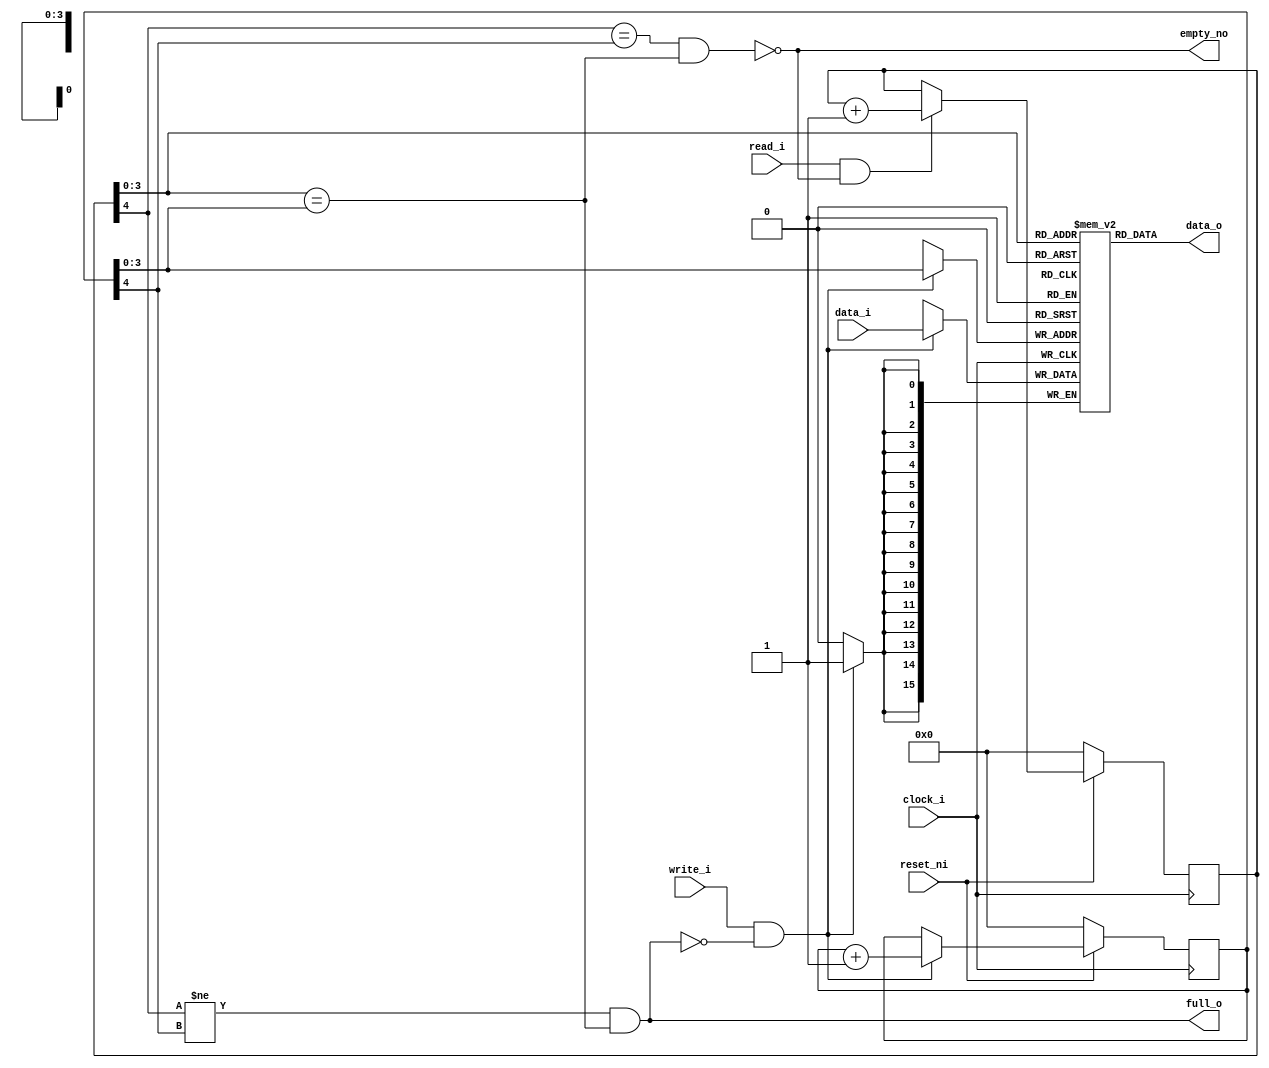
/***************************************************************************
 *                                                                         *
 *   fifo16s.v - A synchronous First-In/First-Out circular buffer, n-bits  *
 *     wide with 16 entries.                                               *
 *                                                                         *
 *   Copyright (C) 2007 by Patrick Suggate                                 *
 *   patrick@physics.otago.ac.nz                                           *
 *                                                                         *
 *   This program is free software; you can redistribute it and/or modify  *
 *   it under the terms of the GNU General Public License as published by  *
 *   the Free Software Foundation; either version 2 of the License, or     *
 *   (at your option) any later version.                                   *
 *                                                                         *
 *   This program is distributed in the hope that it will be useful,       *
 *   but WITHOUT ANY WARRANTY; without even the implied warranty of        *
 *   MERCHANTABILITY or FITNESS FOR A PARTICULAR PURPOSE.  See the         *
 *   GNU General Public License for more details.                          *
 *                                                                         *
 *   You should have received a copy of the GNU General Public License     *
 *   along with this program; if not, write to the                         *
 *   Free Software Foundation, Inc.,                                       *
 *   59 Temple Place - Suite 330, Boston, MA  02111-1307, USA.             *
 ***************************************************************************/

// TODO: Tweak this to easily run at 200 MHz.
`timescale 1ns/100ps
module fifo16s (
	clock_i,
	reset_ni,
	
	read_i,		// Read so advance to next item
	write_i,	// Write input data into FIFO
	data_i,
	data_o,
	
	empty_no,
	full_o
);

// Default width of 16-bits, but is user specifiable.
parameter	WIDTH	= 16;
parameter	MSB	= WIDTH - 1;

input		clock_i;
input		reset_ni;

input		read_i;
input		write_i;
input	[MSB:0]	data_i;
output	[MSB:0]	data_o;

output	empty_no;
output	full_o;
// output	almost_empty_o;	// TODO


// Pointers for the FIFO.
// Using 5-bit points enables full/empty conditions to be checked
// easily.
reg	[4:0]	f_start	= 5'h0;
reg	[4:0]	f_end	= 5'h0;

wire	ptrs_equal;

// synthesis attribute ram_style of mem is distributed ;
reg	[MSB:0]	mem [0:15];


// Status signals.
// TODO: These have long combinational logic path delays. They need
// to be shorter, which means registered?
assign	ptrs_equal	= (f_start [3:0] == f_end [3:0]);
assign	empty_no	= !((f_start [4] == f_end [4]) && ptrs_equal);
assign	full_o		= ((f_start [4] != f_end [4]) && ptrs_equal);

assign data_o		= mem [f_start [3:0]];


// Dequeue data from the FIFO.
always @(posedge clock_i)
	if (!reset_ni)
		f_start	<= 0;
	else begin
		if (read_i && empty_no)
			f_start	<= f_start + 1;
		else
			f_start	<= f_start;
	end


// Add data to the FIFO.
always @(posedge clock_i)
	if (!reset_ni)
		f_end	<= 0;
	else begin
		if (write_i && !full_o)
			f_end	<= f_end + 1;
		else
			f_end	<= f_end;
	end


always @ (posedge clock_i)
	if (write_i && !full_o)
		mem [f_end [3:0]]  <= data_i;


`ifdef __icarus
	//-----------------------------------------------------------------------
	//  Simulation only:
	//  Zero the SRAM for simulation as this is the default state for
	//  Xilinx.
	initial begin : Init
		init_mem (0);
	end	// Init
	
	
	task init_mem;
		input	val;
		integer	val, n;
	begin : Init_Mem
		for (n = 0; n < 16; n = n + 1)
			mem[n]	= val;
	end	// Init_Mem
	endtask	// init_mem
`endif
	
	
endmodule	// fifo16s